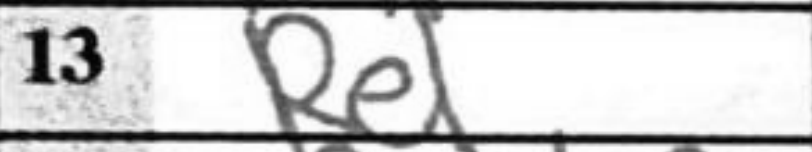
Transcription: Re1